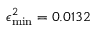
\epsilon _ { \mathrm { m i n } } ^ { 2 } = 0 . 0 1 3 2